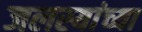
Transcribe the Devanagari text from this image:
जलस्यांच्या